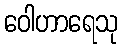
ဝေါဟာရေသု